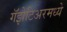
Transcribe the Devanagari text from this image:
गॅझेटिअरमध्ये